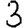
Digit: 3